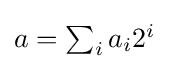
\textstyle a=\sum _{i}a_{i}2^{i}